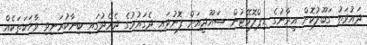
ދައުވަތު ގަބޫލުކޮށް އީރާނުގެ ޑިޕްލޮމޭޓުން ސައޫދީއަށް ފޮނުވައި ދެގައުމުގެ ދެމެދުގައި ބިނާކުރަނިވި ވާހަކަތަކެއް